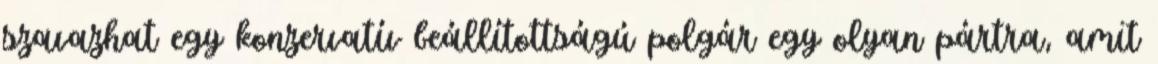
szavazhat egy konzervatív beállítottságú polgár egy olyan pártra, amit